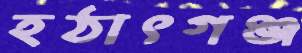
হঠাৎগঞ্জ